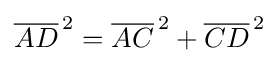
{\overline {AD}}^{\,2}={\overline {AC}}^{\,2}+{\overline {CD}}^{\,2}